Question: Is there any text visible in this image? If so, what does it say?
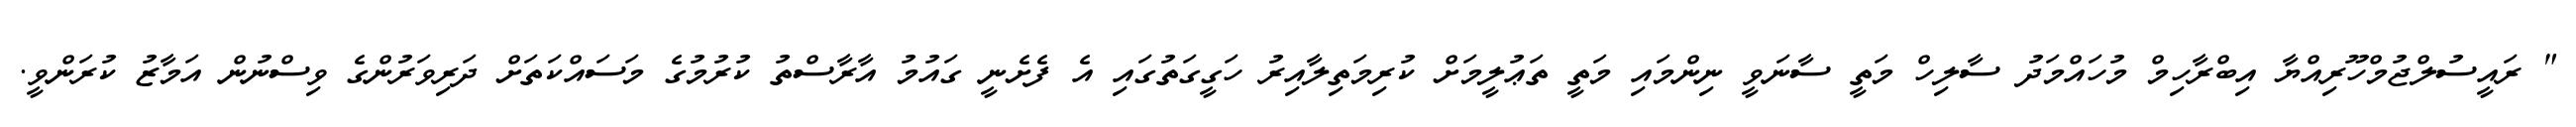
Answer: " ރައީސުލްޖުމްހޫރިއްޔާ އިބްރާހިމް މުހައްމަދު ސާލިހް މަތީ ސާނަވީ ނިންމައި މަތީ ތަޢުލީމަށް ކުރިމަތިލާއިރު ހަގީގަތުގައި އެ ފެށެނީ ގައުމު އާރާސްތު ކުރުމުގެ މަސައްކަތަށް ދަރިވަރުންގެ ވިސްނުން އަމާޒު ކުރަންވީ.